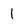
Character: 1